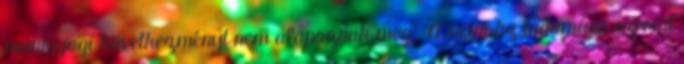
munkajogi következményt nem alapoznak meg”. A színház tudomása szerint